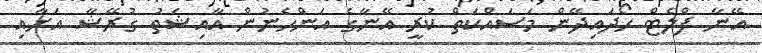
އޭނާ ފްލެޓް ހޯދައިދޭން މަސައްކަތް ކުރީ އޭނާގެ އަންހެނުން އާއިޝަތު ގުރޭޝާ އަށާއި